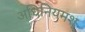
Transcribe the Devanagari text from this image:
अधिनियमश्